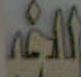
الخر